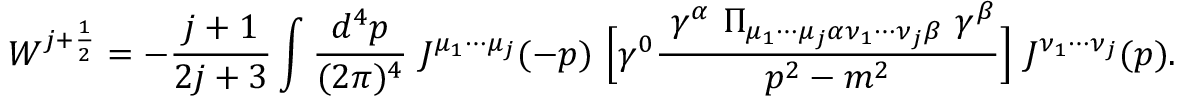
W ^ { j + { \frac { 1 } { 2 } } } = - { \frac { j + 1 } { 2 j + 3 } } \int { \frac { d ^ { 4 } p } { ( 2 \pi ) ^ { 4 } } } ~ J ^ { \mu _ { 1 } \cdots \mu _ { j } } ( - p ) ~ { \Big [ } \gamma ^ { 0 } { \frac { ~ \gamma ^ { \alpha } ~ \Pi _ { \mu _ { 1 } \cdots \mu _ { j } \alpha \nu _ { 1 } \cdots \nu _ { j } \beta } ~ \gamma ^ { \beta } } { p ^ { 2 } - m ^ { 2 } } } { \Big ] } ~ J ^ { \nu _ { 1 } \cdots \nu _ { j } } ( p ) .